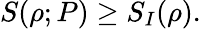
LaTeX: S(\rho;P)\ge S_{I}(\rho).